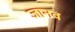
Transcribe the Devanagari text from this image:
जानव